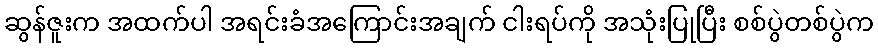
ဆွန်ဇူးက အထက်ပါ အရင်းခံအကြောင်းအချက် ငါးရပ်ကို အသုံးပြုပြီး စစ်ပွဲတစ်ပွဲက